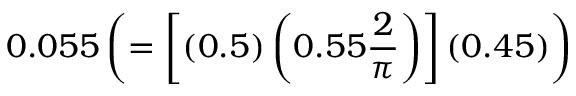
0 . 0 5 5 \left( = \left[ ( 0 . 5 ) \left( 0 . 5 5 \frac { 2 } { \pi } \right) \right] ( 0 . 4 5 ) \right)